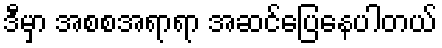
ဒီမှာ အစစအရာရာ အဆင်ပြေနေပါတယ်